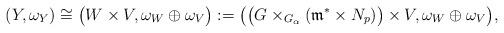
LaTeX: \begin{gather*} (Y,\omega_Y) \cong \big(W \times V, \omega_W \oplus \omega_V\big):=\big(\big(G \times_{G_{\alpha}} (\mathfrak{m}^* \times N_{p} )\big) \times V, \omega_W \oplus \omega_V \big), \end{gather*}